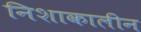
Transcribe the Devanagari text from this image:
निशाकालीन